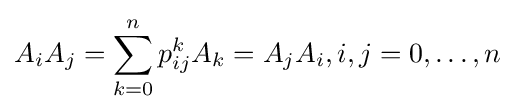
A_{i}A_{j}=\sum _{k=0}^{n}p_{ij}^{k}A_{k}=A_{j}A_{i},i,j=0,\ldots ,n